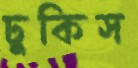
ঢুকিস